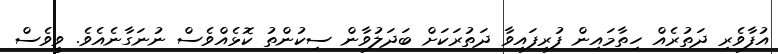
އުފާވެރި ދަތުރެއް ހިތާމައިން ފުރިފައިވާ ދަތުރަކަށް ބަދަލުވާން ސިކުންތު ކޮޅެއްވެސް ނުނަގާނެއެވެ. ވީވެސް